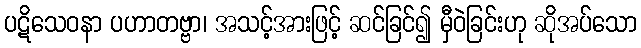
ပဋိသေဝနာ ပဟာတဗ္ဗာ၊ အသင့်အားဖြင့် ဆင်ခြင်၍ မှီဝဲခြင်းဟု ဆိုအပ်သော